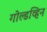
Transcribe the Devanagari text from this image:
गोल्डव्हिन